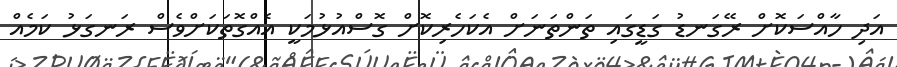
އަދި ހާއްސަކޮށް ރޭގަނޑު ގަޑީގައި ތަންތަނަށް އެކަހެރިކޮށް ގޮސްއުޅުމަކީ އެއްގޮތަކަށްވެސް ރަނގަޅު ކަމެއް